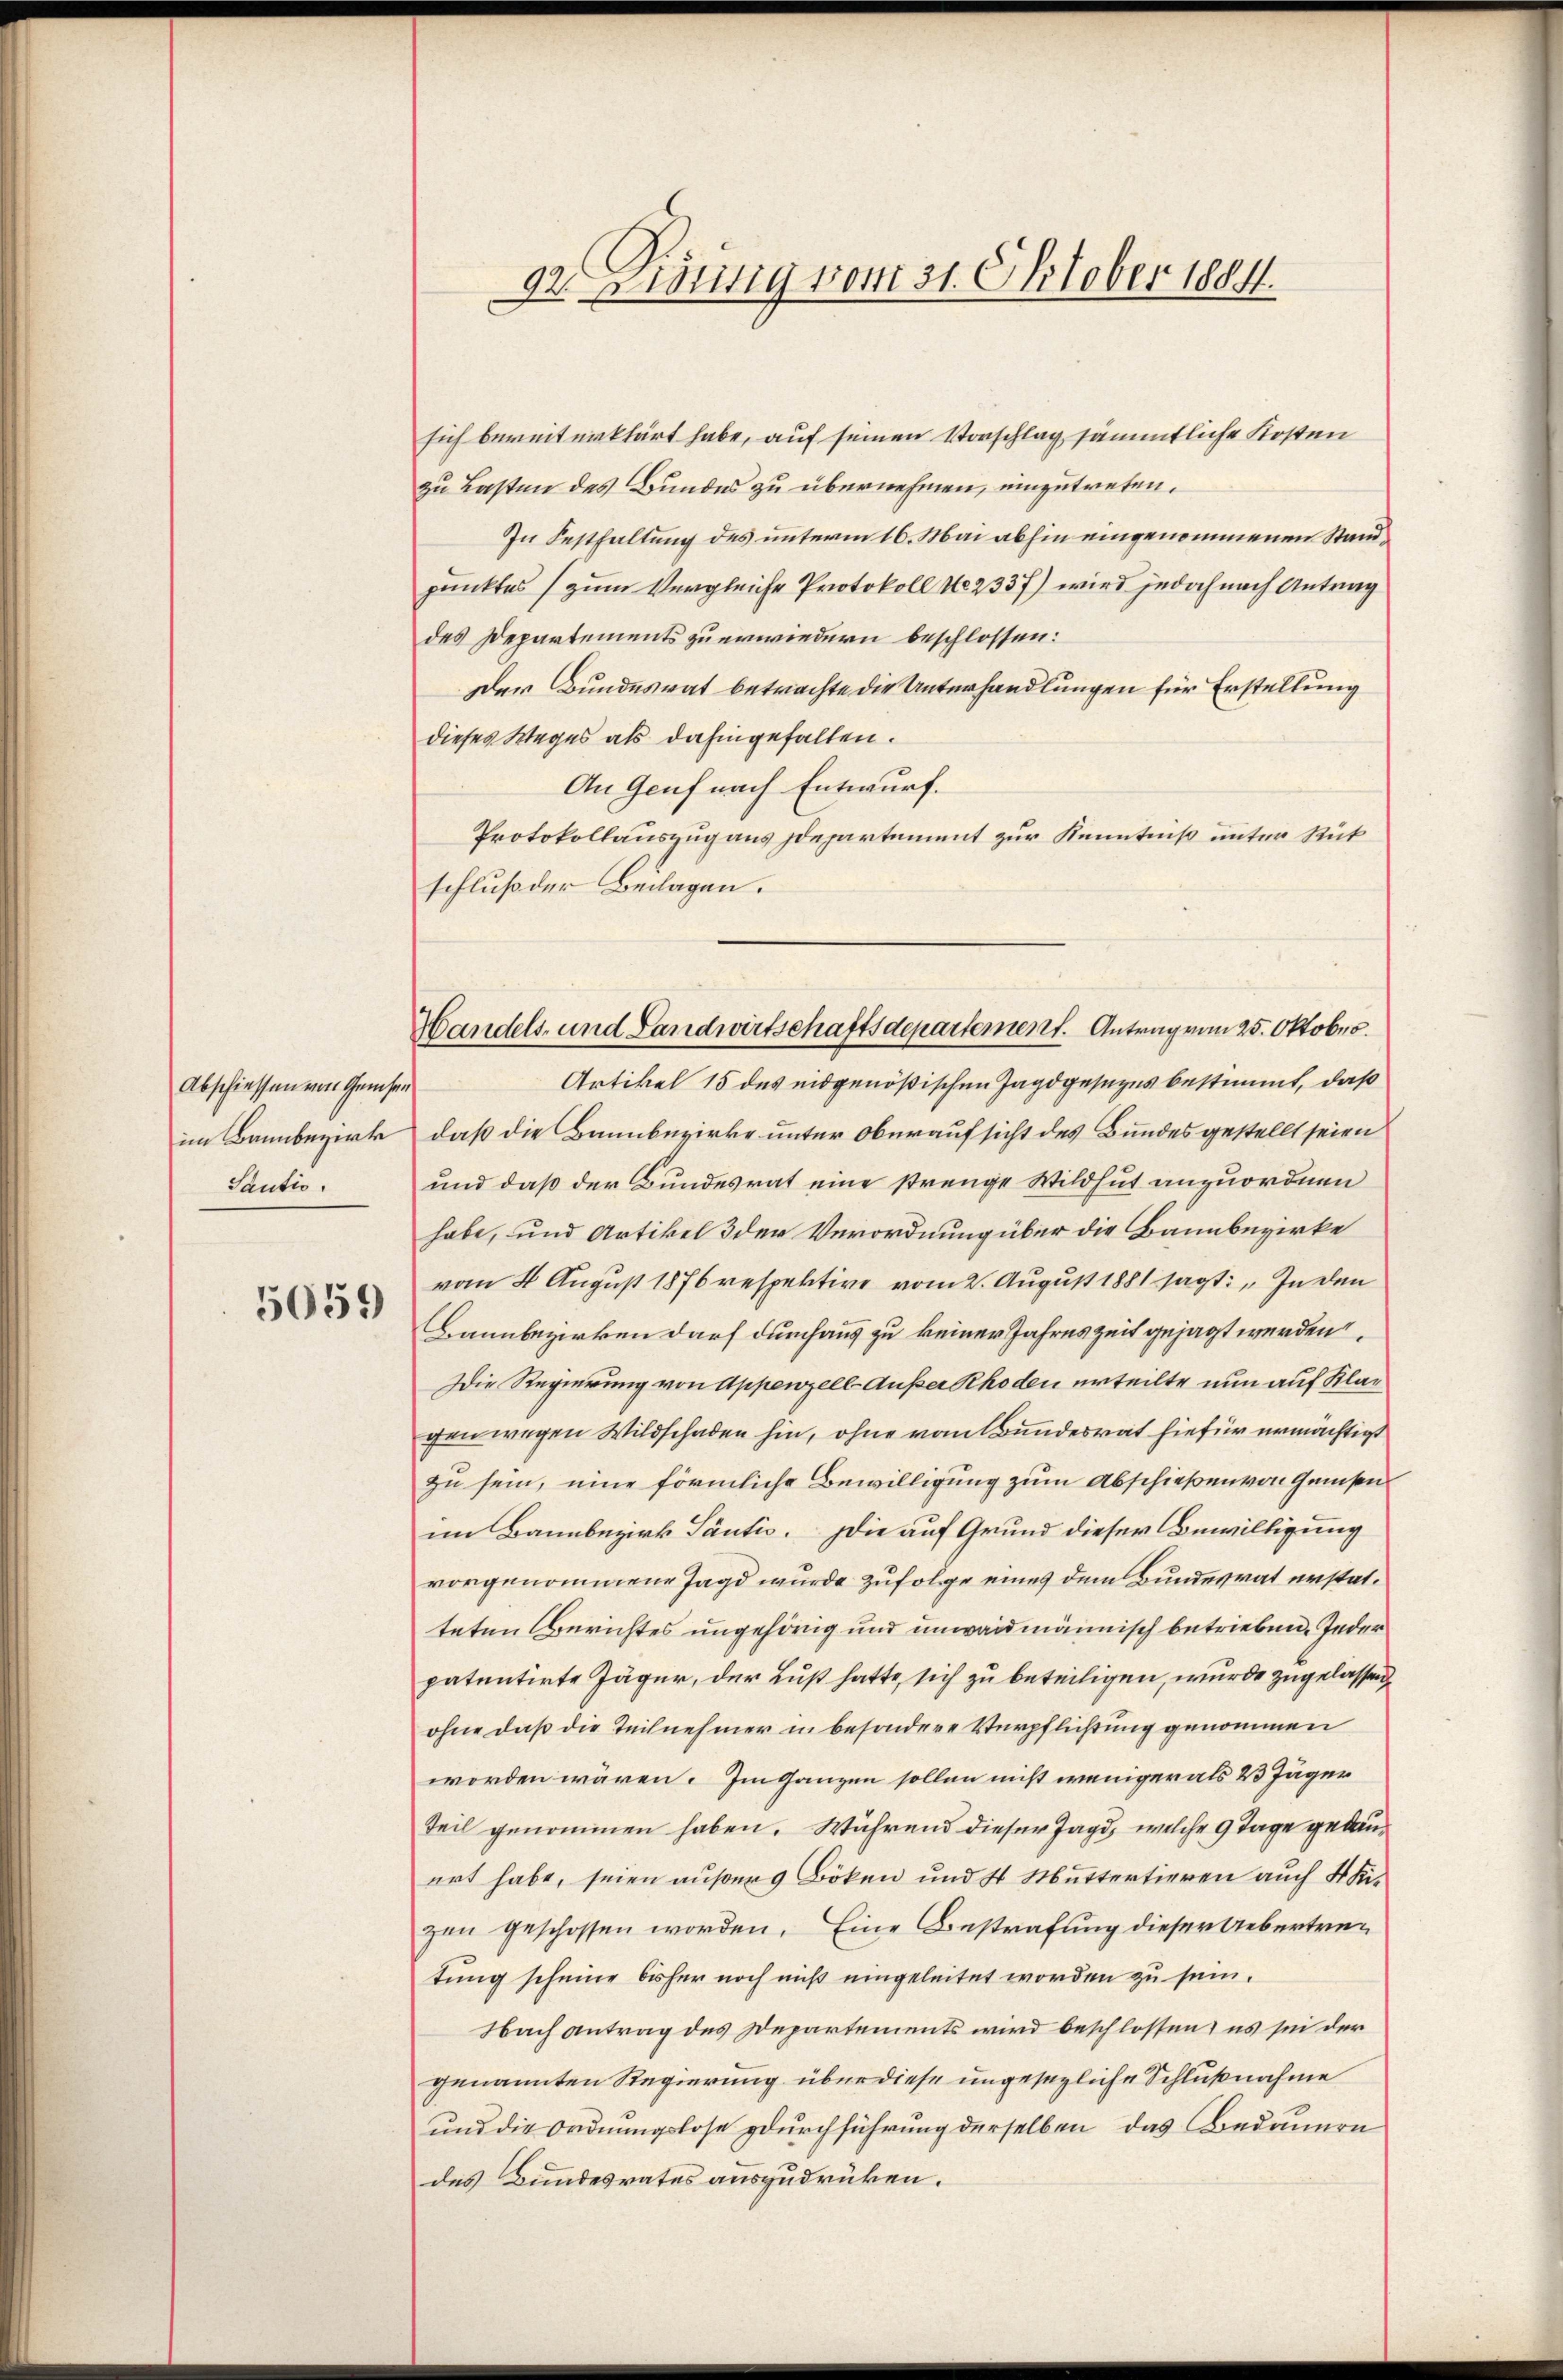
Abschiessen von Gemden
im Bannbezirk
Sautio

5059

92. Dietig vom 31. Oktober 1884.

sich bereiterklärt habe, auf seinen Vorschlag sämmtliche Kosten
zu Lasten des Bundes zu übernehmen, einzutreten.
In Festhaltung des unterm 16. Mai abhin eingenommenen Standpunktes (zum Vergleiche Protokoll No 2337) wird jedoch nach Antrag
des Departements zu erwiedern beschlossen:
Der Bundesrat betrachte die Unterhandlungen für Erstellung
dieses Weges als dahingefallen.
An Genf nach Entwurf.
Protokollauszug aus Departement zur Kenntniß unter Rükschluß der Beilagen.
Artikel 15 des eidgenößischen Jagdgesezes bestimmt, daß
daß die Bannbewirke unter Oberaufsicht des Bundesgestellt seien
und daß der Bundesrat eine strenge Wildhut anzuordnen
habe, und Artikel 3 der Verordnung über die Bannbezirke
vom 4. August 1876 respektive vom 2. August 1881 sagt: „In den
Bannbezirken darf durchaus zu keiner Jahreszeit gesagt werden.
Die Regierung von Appenzell Außer Rhoden erteilte nun auf Klar
gen wegen Wildschaden hin, ohne vom Bundesrat hiefür ermächtigt
zu sein, eine förmliche Bewilligung zum Abschießen von Geisen
im Bannbezirk Säntis. Die auf Grund dieser Bewilligung
vorgenommene Jagd wurde zufolge eines dem Bundesrat erstatteten Berichtes ungehörig und unwandmännisch betrieben. Jeder
patentirte Jäger, der Lust hatte, sich zu beteiligen, wurde zugelassen
ohne daß die Teilnehmer in besondere Verpflichtung genommen
worden wären. Im ganzen sollen nicht weniger als 23 Jäger
Teil genommen haben. Während dieser Jagd, welche 9 Tage gedauert habe, seien außer 9 Böken und St Muttertieren auch 4 Kizen geschossen worden. Eine Bestrafung dieser Uebertretung scheine bisher noch nicht eingeleitet worden zu sein.
Nach antrag des Departements wird beschlossen, es sei der
genannten Regierung über diese ungesezliche Schlußnahme
und die Ordnungslose durchführung derselben, das Bedauern
des Bundesrates auszudrücken.

Handels- und Landwirtschaftsdepartement. Antrag vom 25. Oktober.